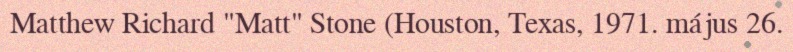
Matthew Richard "Matt" Stone (Houston, Texas, 1971. május 26.